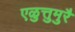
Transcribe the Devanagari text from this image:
एळुत्तुमुरै